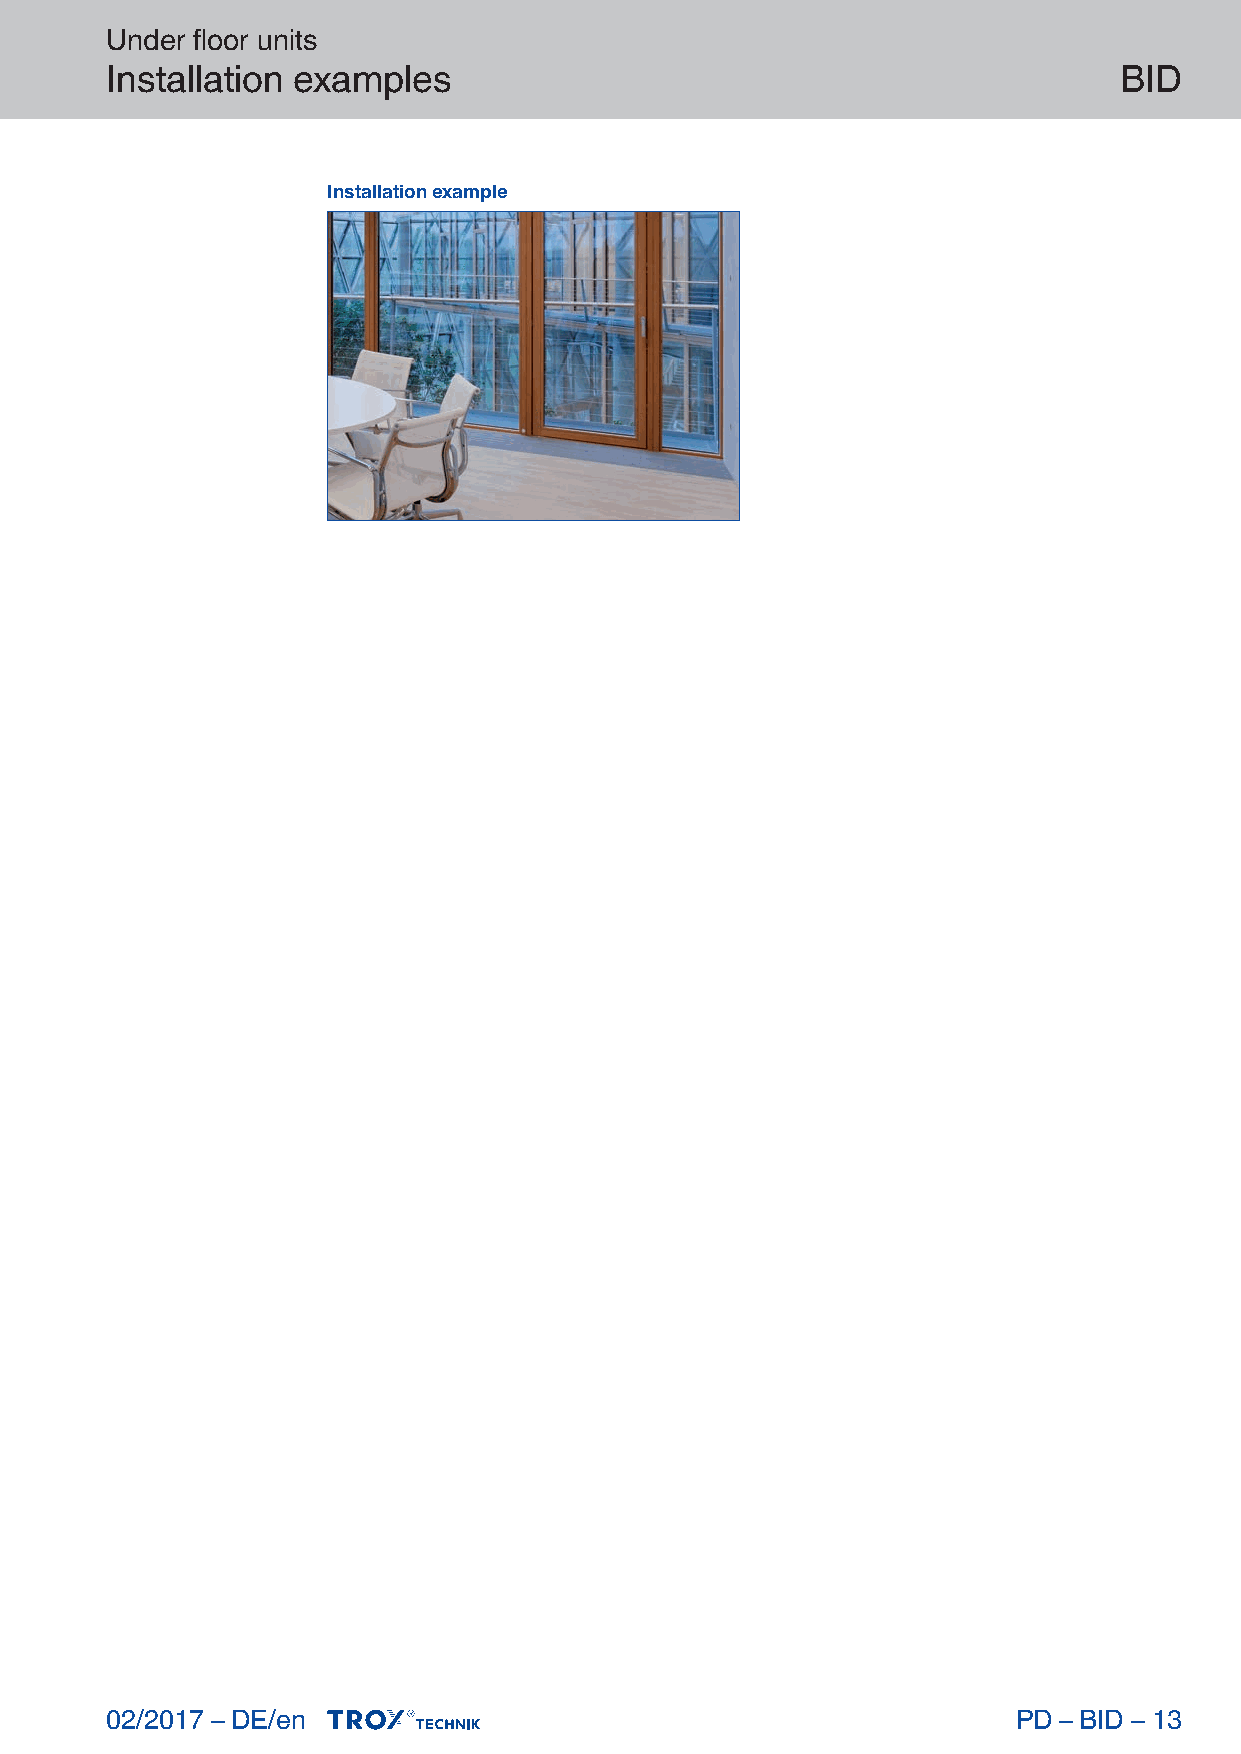
Under floor units
 Installation examples                                              BID
 Installation example
 02/2017 – DE/en                                             PD – BID – 13